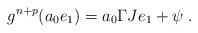
LaTeX: \begin{align*}g^{n+p}(a_0 e_1) = a_0 \Gamma J e_1 + \psi \;.\end{align*}